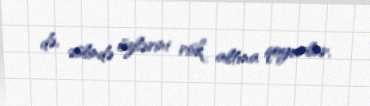
də, əslində özlərini risk altına qoyurlar.